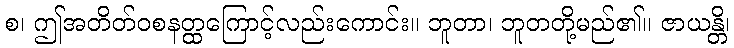
စ၊ ဤအတိတ်ဝစနတ္ထကြောင့်လည်းကောင်း။ ဘူတာ၊ ဘူတတို့မည်၏။ ဇာယန္တိ၊